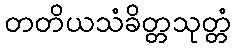
တတိယသံခိတ္တသုတ္တံ